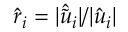
\hat { r } _ { i } = | \hat { \tilde { u } } _ { i } | / | \hat { u } _ { i } |